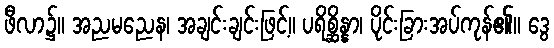
ဖီလာ၌။ အညမညေန၊ အချင်းချင်းဖြင့်။ ပရိစ္ဆိန္နာ၊ ပိုင်းခြားအပ်ကုန်၏။ ဒွေ